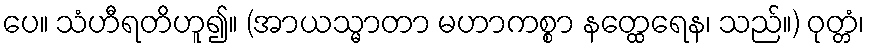
ပေ။ သံဟီရတိဟူ၍။ (အာယသ္မာတာ မဟာကစ္စာ နတ္ထေရေန၊ သည်။) ဝုတ္တံ၊